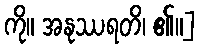
ကို။ အနုဿရတိ၊ ၏။]